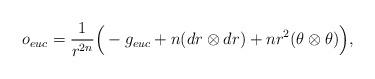
LaTeX: \begin{align*}o_{euc} = \frac{1}{r^{2n}}\Big(-g_{euc} +n(d r \otimes d r)+nr^2( \theta \otimes \theta)\Big),\end{align*}